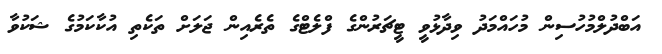
އަބްދުލްމުހުސިން މުހައްމަދު ވިދާޅުވީ ޓީޗަރުންގެ ފްލެޓްގެ ތެރެއިން ޖަލަށް ތަކެތި އުކާކަމުގެ ޝަކުވާ